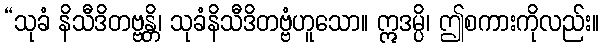
“သုခံ နိသီဒိတဗ္ဗန္တိ၊ သုခံနိသီဒိတဗ္ဗံဟူသော။ ဣဒမ္ပိ၊ ဤစကားကိုလည်း။